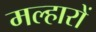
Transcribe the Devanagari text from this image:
मल्हारों